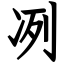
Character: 冽